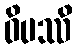
ဝိပဿိ